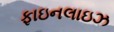
ફાઇનલાઇઝ